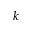
k